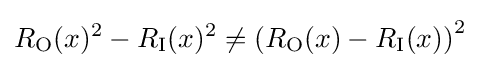
R_{\mathrm {O} }(x)^{2}-R_{\mathrm {I} }(x)^{2}\neq \left(R_{\mathrm {O} }(x)-R_{\mathrm {I} }(x)\right)^{2}